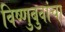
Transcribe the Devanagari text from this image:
विष्णुबुवांचा